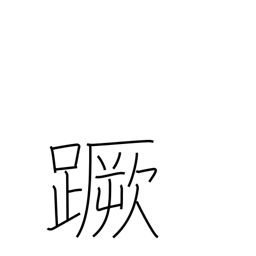
Meaning: stumble